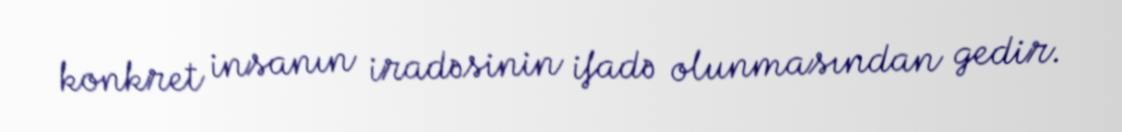
konkret insanın iradəsinin ifadə olunmasından gedir.